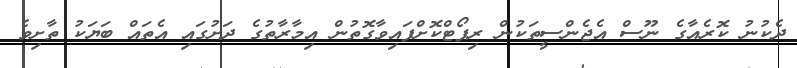
ދެކުނު ކޮރެއާގެ ނޫސް އެޖެންސީތަކުން ރިޕޯޓްކޮށްފައިވާގޮތުން އިމާރާތުގެ ދަށުގައި އެތައް ބަޔަކު ތާށިވެ